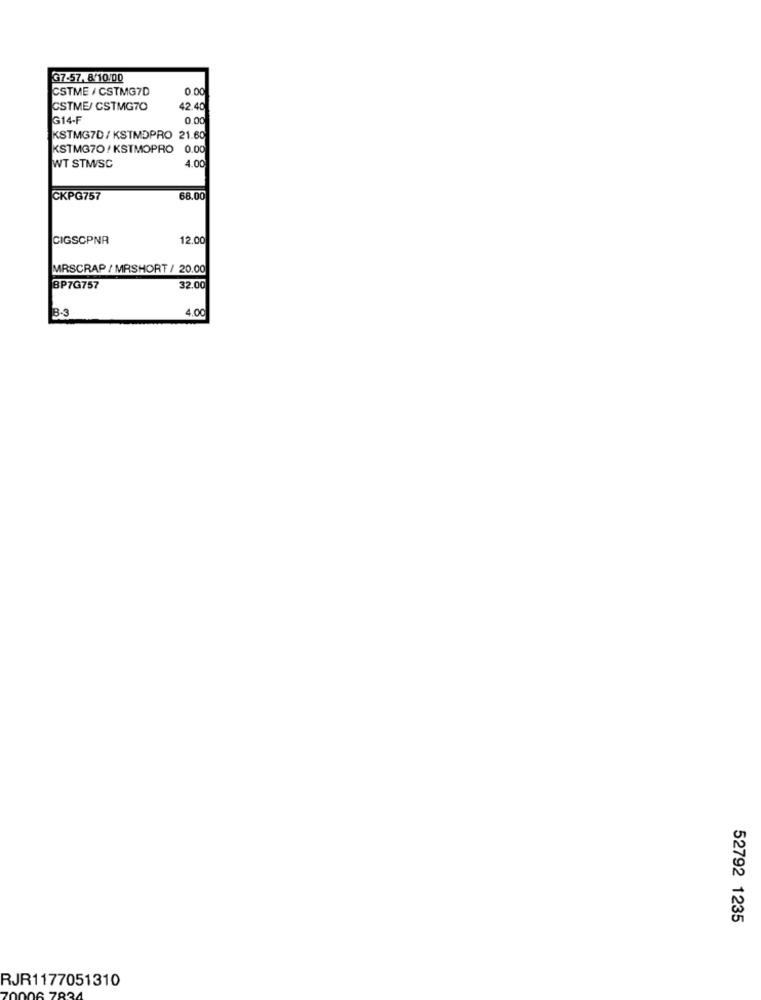
G7-57, 8/10/00
CSTME / CSTMG7D
0.00
CSTME/ CSTMG70
42.40
G14-F
0.00
KSTMG7D / KSTMDPRO 21.60
KSTMG70/ KSTMOPRO
0.00
4.00
WT STM/SC
CKPG757
68.00
CIGSCPNR
12.00
MRSCRAP / MRSHORT / 20.00
BP7G757
32.00
B-3
4.00
52792 1235
RJR1177051310